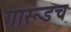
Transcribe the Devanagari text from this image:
गारूडच